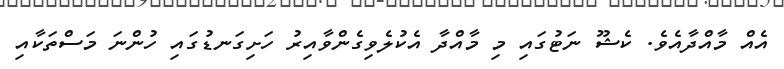
އެއް މާއްދާއެވެ. ކެޝޫ ނަޓުގައި މި މާއްދާ އެކުލެވިގެންވާއިރު ހަށިގަނޑުގައި ހުންނަ މަސްތަކާއި